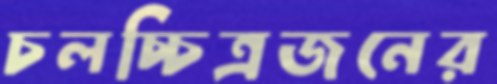
চলচ্চিত্রজনের